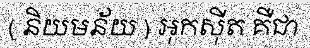
( និយមន័យ ) អុកស៊ីត គឺជា